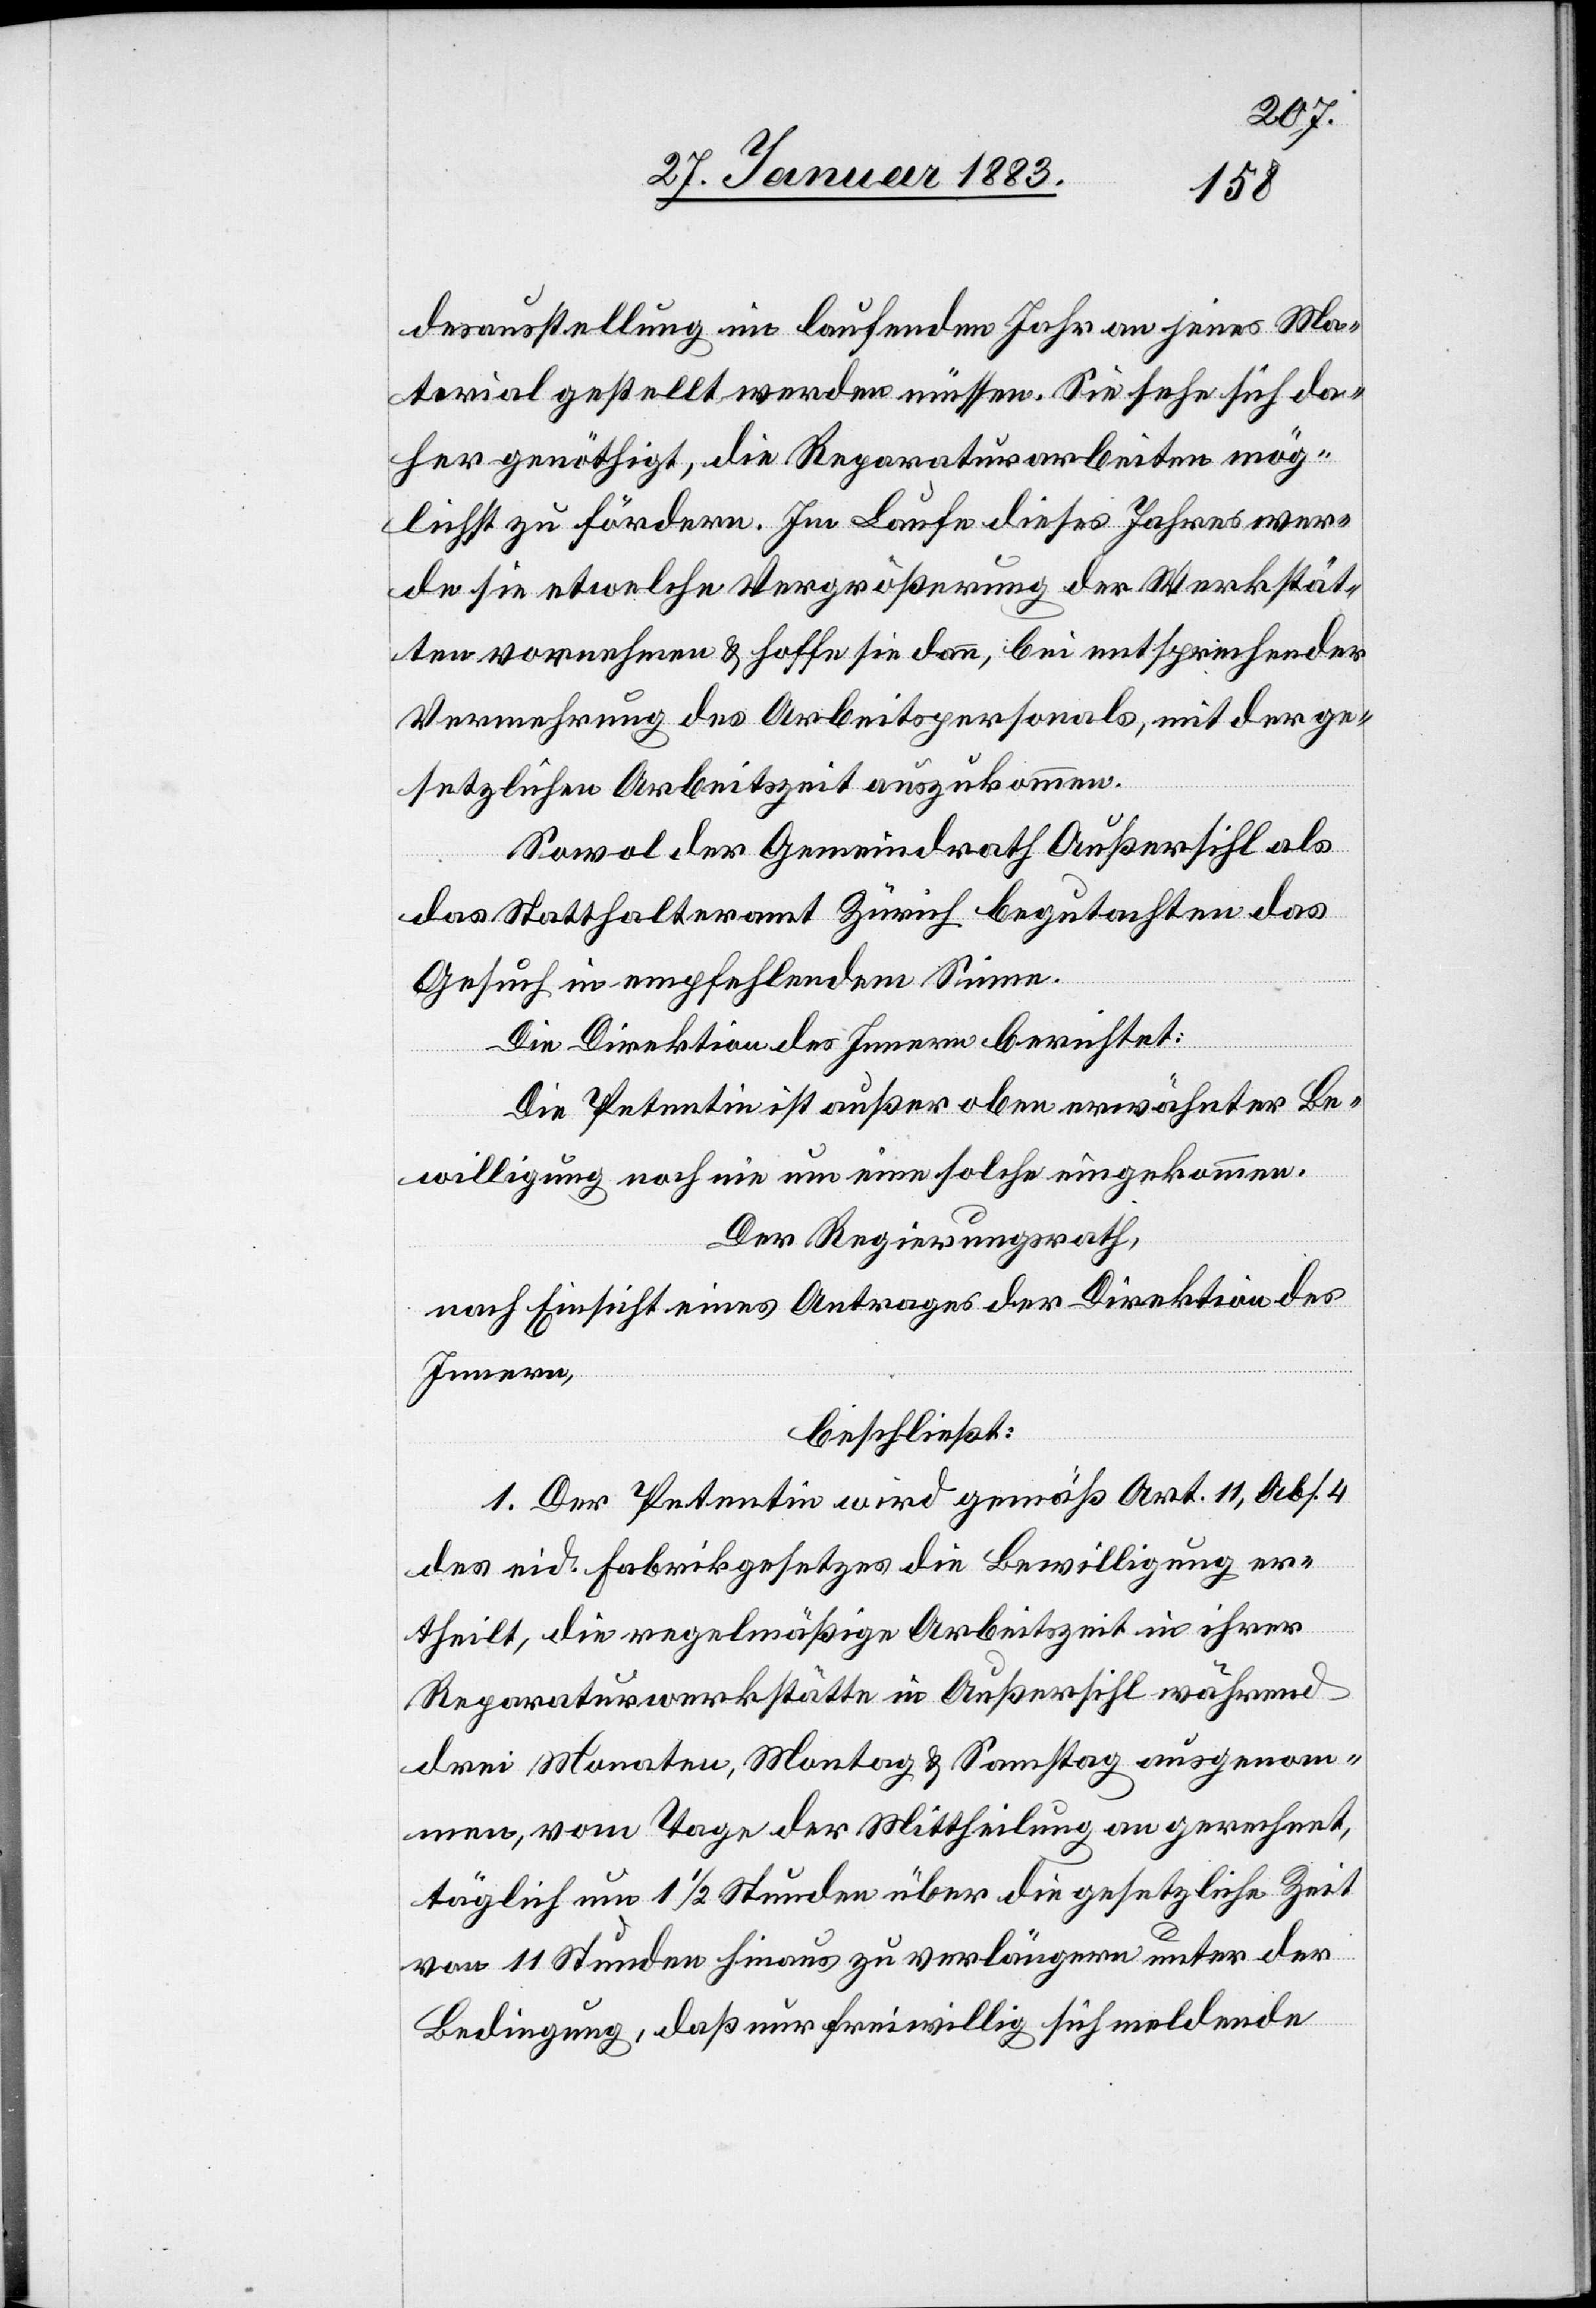
desausstellung im laufenden Jahr an jenes Ma¬
terial gestellt werden müssen. Sie sehe sich da¬
her genöthigt, die Reparaturarbeiten mög¬
lichst zu fördern. Im Laufe dieses Jahres wer¬
de sie etwelche Vergrößerung der Werkstät¬
ten vornehmen & hoffe sie dann, bei entsprechender
Vermehrung des Arbeitspersonals, mit der ge¬
setzlichen Arbeitszeit auszukommen.
Sowol der Gemeindrath Außersihl als
das Statthalteramt Zürich begutachten das
Gesuch in empfehlendem Sinne.
Die Direktion des Innern berichtet:
Die Petentin ist außer oben erwähnter Be¬
willigung noch nie um eine solche eingekommen.
Der Regierungsrath,
nach Einsicht eines Antrages der Direktion des
Innern,
beschließt:
1. Der Petentin wird gemäß Art. 11, Abs. 4
des eid. Fabrikgesetzes die Bewilligung er¬
theilt, die regelmäßige Arbeitszeit in ihrer
Reparaturwerkstätte in Außersihl während
drei Monaten, Montag & Samstag ausgenom¬
men, vom Tage der Mittheilung an gerechnet,
täglich um 1 1/2 Stunden über die gesetzliche Zeit
von 11 Stunden hinaus zu verlängern unter der
Bedingung, daß nur freiwillig sich meldende